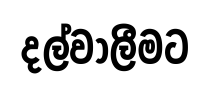
දල්වාලීමට